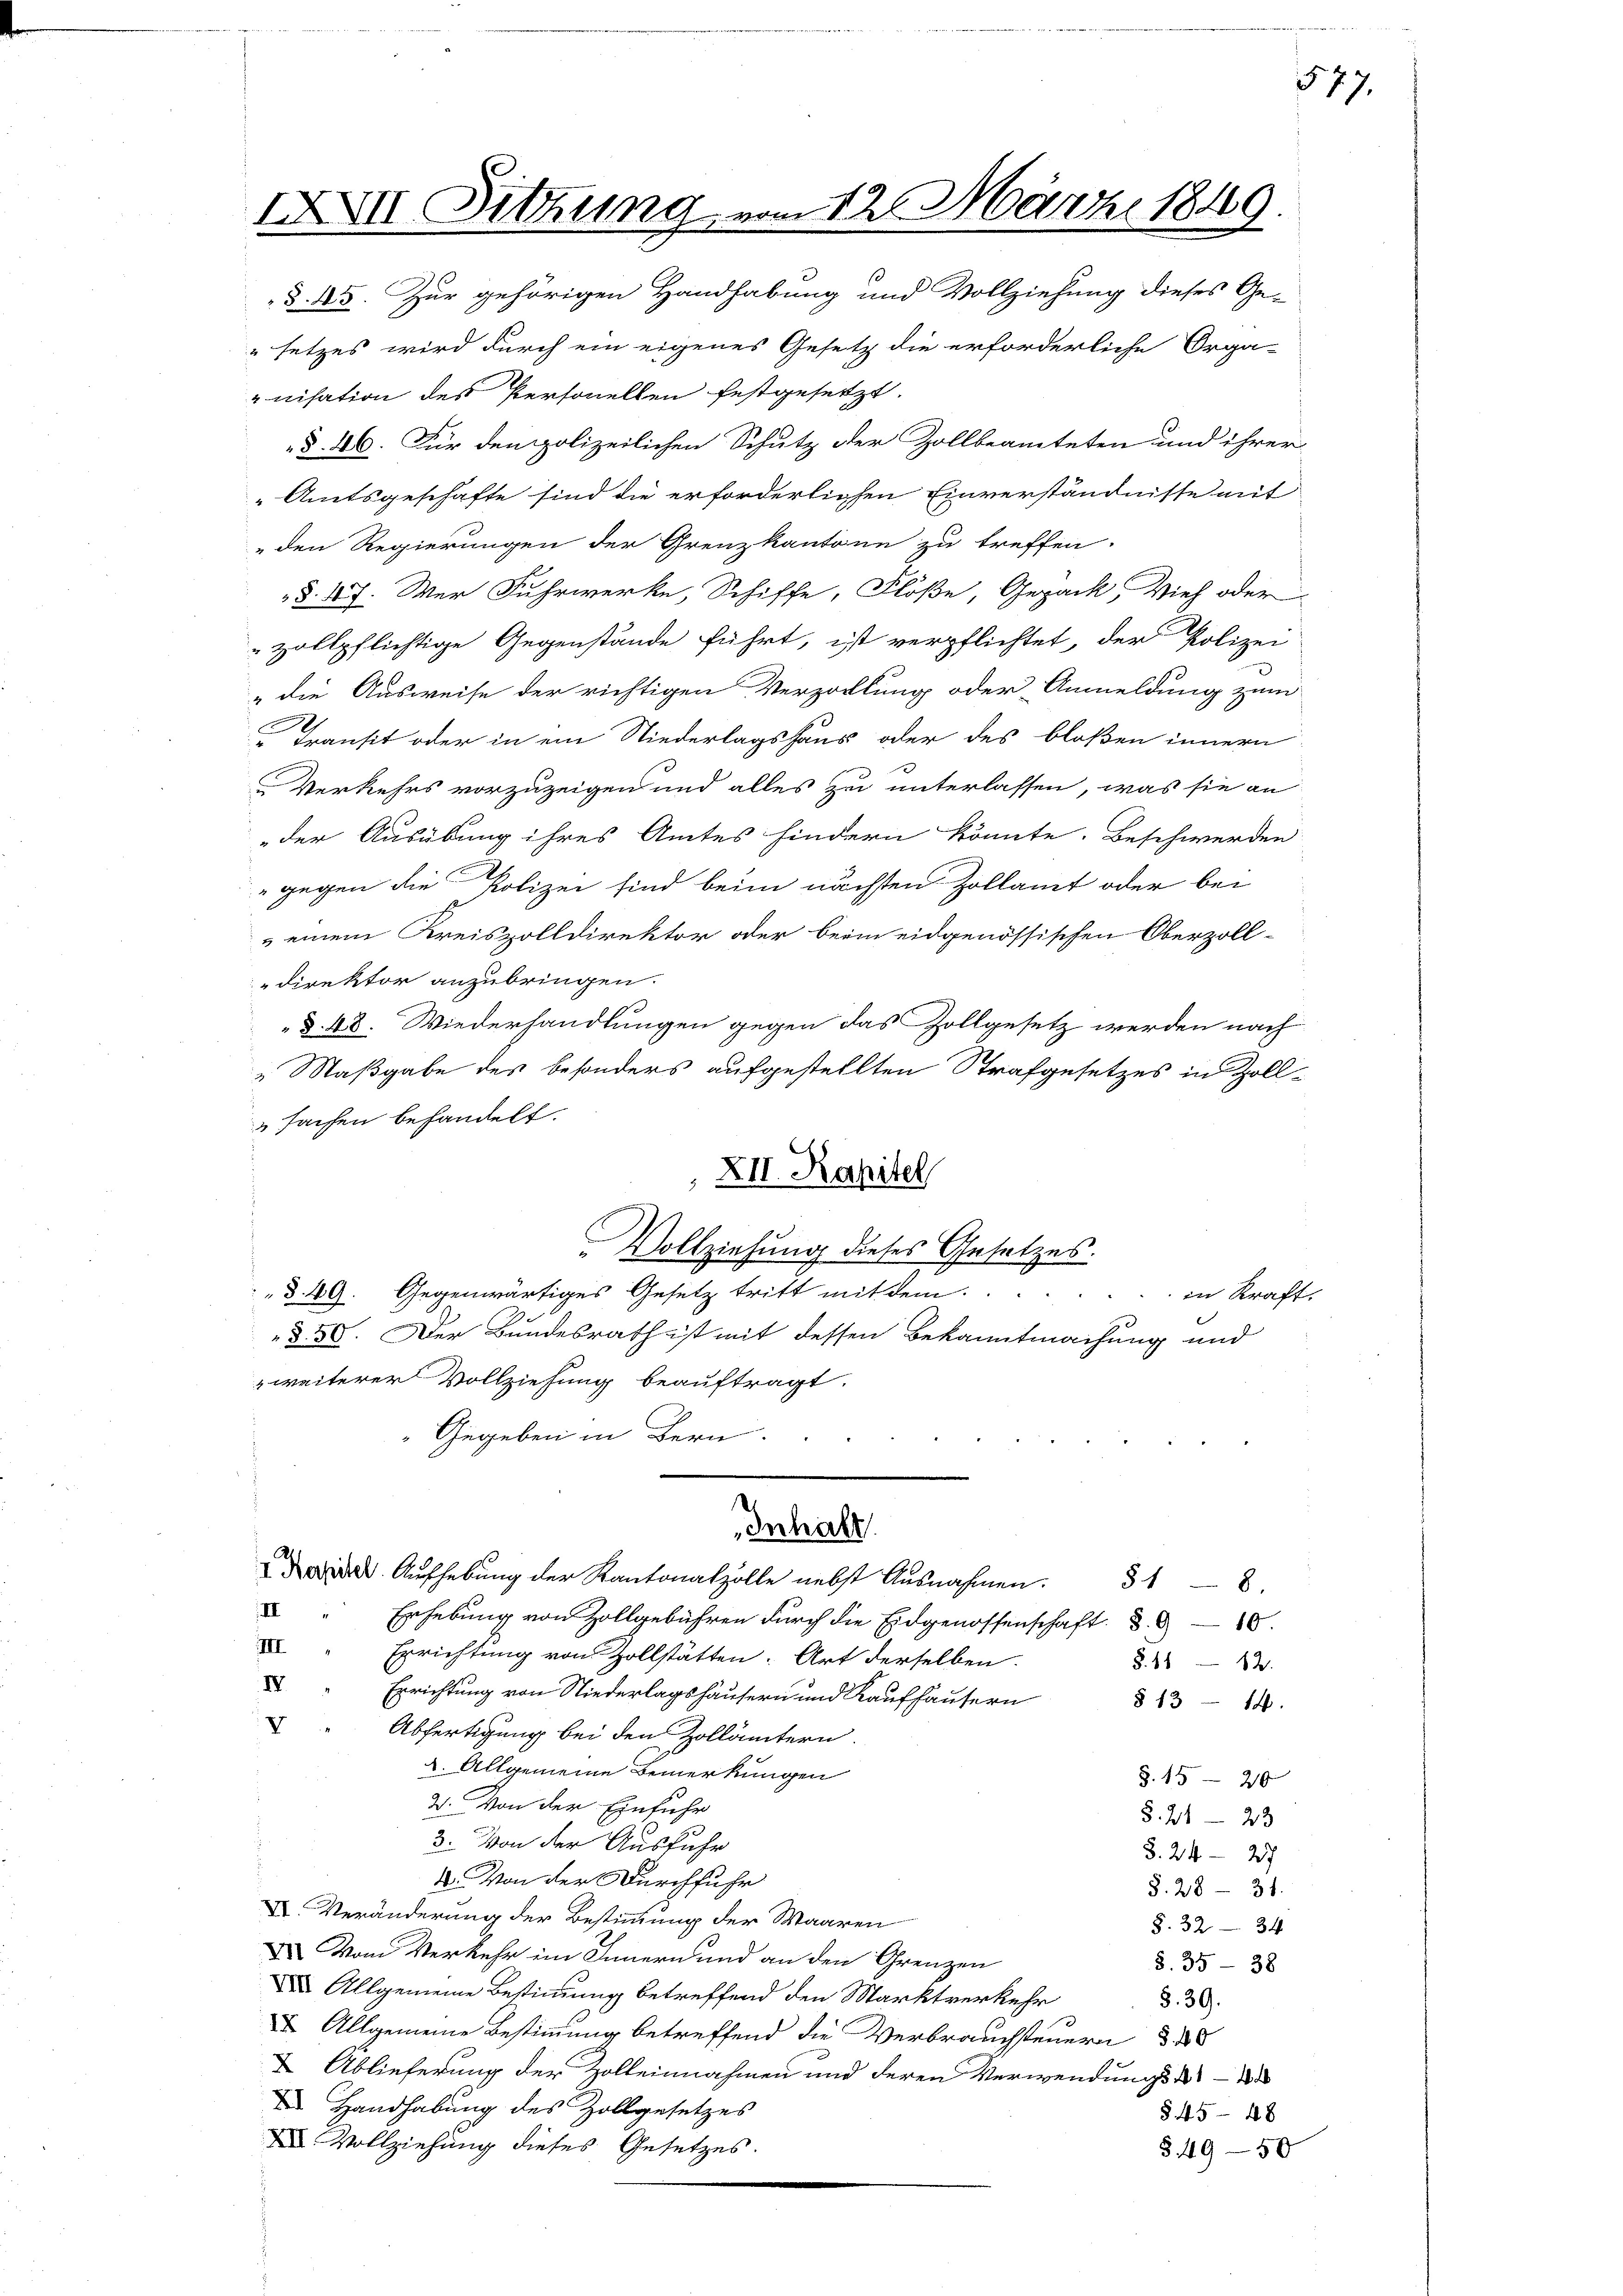
IXXII Sitzung

§. 13. Zur gehörigen Handhabung und Vollziehung dieses Ge-
setzes wird durch ein eigenes Gesetz die erforderliche Orga-
nisation des Personellen festgesetzt.
§. 46. Für den polizeilichen Schutz der Zollbeamteten und ihrer
Amtsgeschäfte sind die erforderlichen Einverständnisse mit
den Regierungen der Grenzkantone zu treffen.
§. 17. Wer Fuhrwerke, Schiffe, Flöße, Gepack, Vieh oder
zollpflichtige Gegenstände führt, ist verpflichtet, der Polizei
"die Ausweise der richtigen Verzahlung oder Anmeldung zum
Transit oder in ein Niederlagshaus oder des bloßen innern
Verkehrs vorzuzeigen und alles zu unterlassen, was sie an
der Ausübung ihres Amtes hindern könnte. Beschwerden
" gegen die Polizei sind beim nächsten Zollamt oder bei
 einem Kreiszolldirektor oder beim eidgenössischen Oberzoll-
direktor anzubringen.
§. 48. Wiederhandlungen gegen das Zollgesetz werden nach
"Maßgabe des besonders aufgestellten Strafgesetzes in Zollsachen behandelt.
zweiterer Vollziehung beauftragt.
Gegeben in Bern.
Inhalt
. Aŭfhebung der Kantonalzolle nebst Ausnahmen. 318.
" Erhebung von Zollgebühren durch die Eidgenossenschaft d. 318.
 Errichtung von Zollstätten. Art derselben.
§. 11 - 12.
“ Errichtung von Niederlagshäusern und Kaufhäusern
§ 13 - 14.
 Abfertigung bei den Zollämtern.
2. Allgemeine Bemerkungen
Z. 15-20
2. Von der Einführ
§. 21-23
3. Von der Ausführ
3.24-257
1. Von der Durchfuhr
§. 28 - 31.
X Veränderung der Bestimmung der Waaren
§. 3234
I Vom Verkehr im Innern und an den Grenzen
§.35-38
 Allgemeine Bestimmung betreffend den Marktverkehr
§. 39.
I Allgemeine Bestimmung betreffend die Verbrauchsteuern d. 28
 Ablieferung der Zolleinnahmen und deren Verwendungsa
 Handhabung des Zollgesetzes
§ 4548
 Vollziehung dieses Gesetzes.
§49–50

vm 12. März 1849.

577.

XII. Kapitel
Vollziehung dieses Gesetzes.
§. 49. Gegenwärtiges Gesetz tritt mit dem
in Kraft.
§. 30. Der Bundesrath ist mit dessen Bekanntmachung und